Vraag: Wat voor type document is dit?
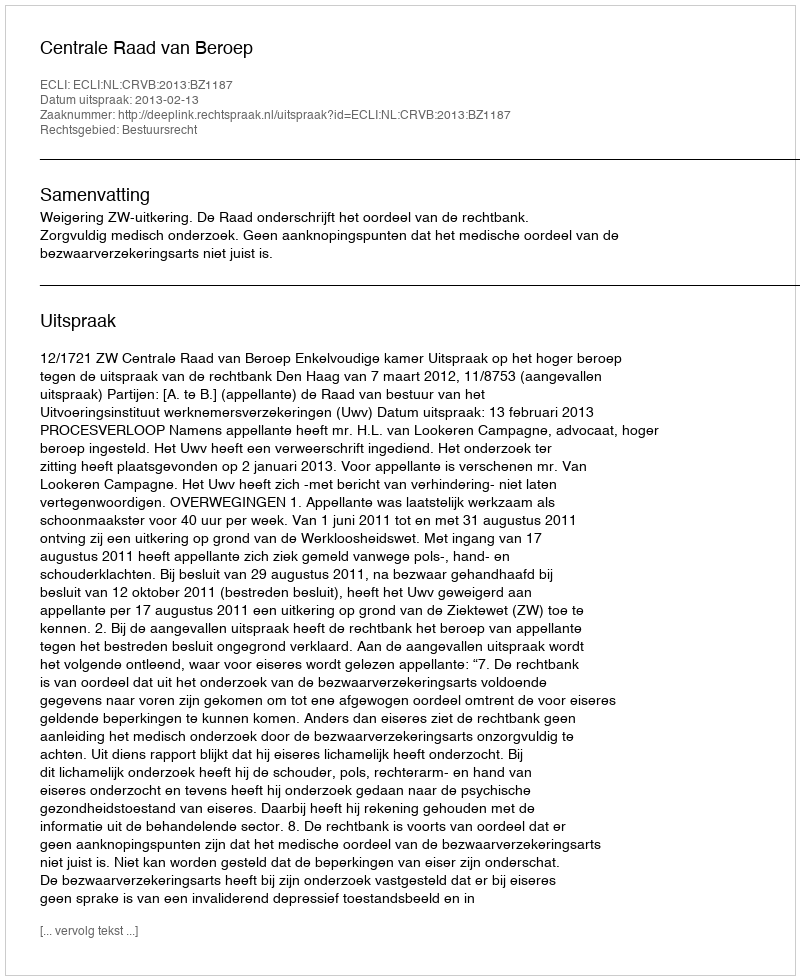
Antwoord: Uitspraak